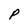
Character: P